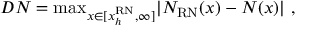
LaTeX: D N = \mathrm { m a x } _ { x \in [ x _ { h } ^ { \mathrm { R N } } , \infty ] } \vert N _ { \mathrm { R N } } ( x ) - N ( x ) \vert \ ,